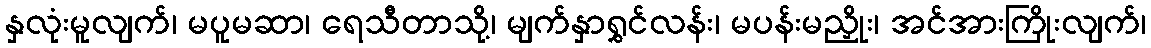
နှလုံးမူလျက်၊ မပူမဆာ၊ ရေသီတာသို့၊ မျက်နှာရွှင်လန်း၊ မပန်းမညှိုး၊ အင်အားကြိုးလျက်၊